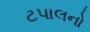
ટપાલનો